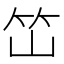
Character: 𰩭